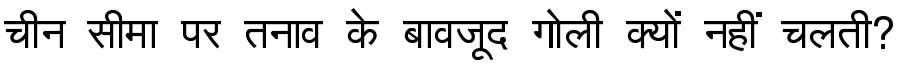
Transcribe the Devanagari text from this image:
चीन सीमा पर तनाव के बावजूद गोली क्यों नहीं चलती?